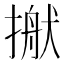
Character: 𢲎